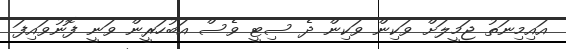
އައިމިނަތު ޖަމީލަށް ވަކިން ވަކިން ދެ ސިޓީ ވެސް އަބުހަރީން ވަނީ ފޮނުވައިފަ